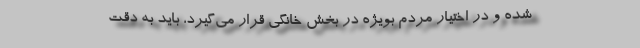
شده و در اختیار مردم بویژه در بخش خانگی قرار می‌گیرد، باید به دقت